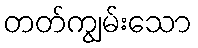
တတ်ကျွမ်းသော